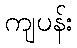
ကျပန်း